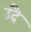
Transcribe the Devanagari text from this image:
उदै